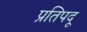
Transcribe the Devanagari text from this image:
प्रतिपदू